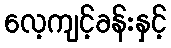
လေ့ကျင့်ခန်းနှင့်